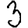
Digit: 3